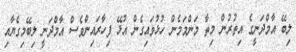
ލިބޭ އާމްދަނީގެ އިތުރުން މިތާ މަންމަމެން ހުޅުވައިގެން އުޅޭ ފިހާރައިންވެސް އާމްދަނީ ލިބޭމިގެޔާއި